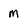
Character: m